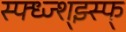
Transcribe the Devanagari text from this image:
स्फ्ध्ज्श्झ्स्फ्